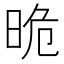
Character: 𣆡